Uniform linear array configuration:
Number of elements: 64
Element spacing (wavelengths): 0.25
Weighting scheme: blackman
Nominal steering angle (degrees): -45
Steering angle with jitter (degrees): -44.325
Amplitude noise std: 0.05
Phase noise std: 0.05

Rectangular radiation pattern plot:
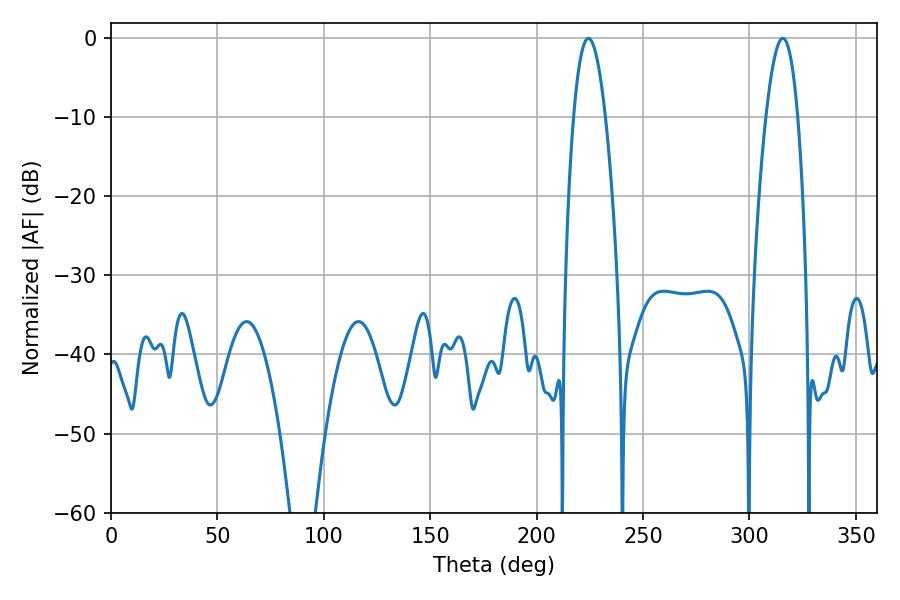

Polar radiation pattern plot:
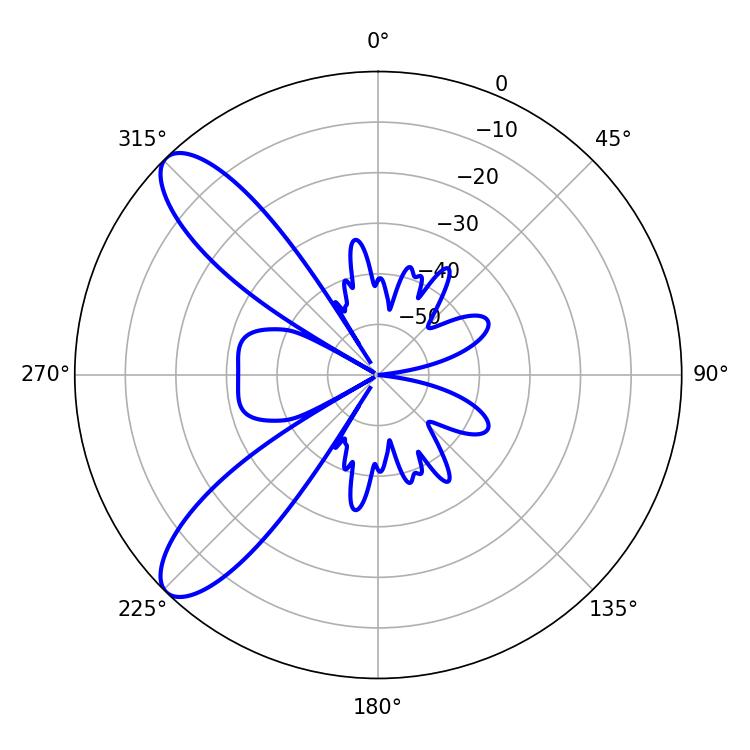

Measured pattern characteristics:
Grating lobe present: FALSE
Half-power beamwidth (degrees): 8.28
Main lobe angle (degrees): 224.28